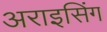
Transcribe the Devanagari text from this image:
अराइसिंग